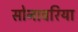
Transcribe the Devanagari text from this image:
सोनावरिया